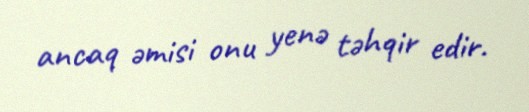
ancaq əmisi onu yenə təhqir edir.